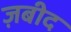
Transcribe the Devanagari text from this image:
ज़बीद